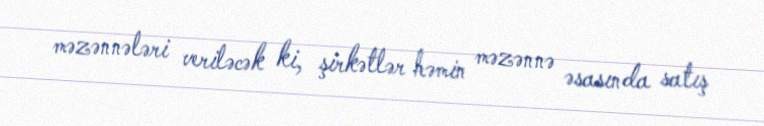
məzənnələri veriləcək ki, şirkətlər həmin məzənnə əsasında satış